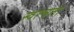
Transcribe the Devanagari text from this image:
स्वत्न्त्रता